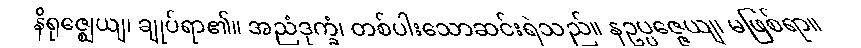
နိရုဇ္ဈေယျ၊ ချုပ်ရာ၏။ အညံဒုက္ခံ၊ တစ်ပါးသောဆင်းရဲသည်။ နဥပ္ပဇ္ဇေယျ၊ မဖြစ်ရာ။